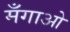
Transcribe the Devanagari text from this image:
मँगाओ